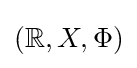
(\mathbb {R} ,X,\Phi )